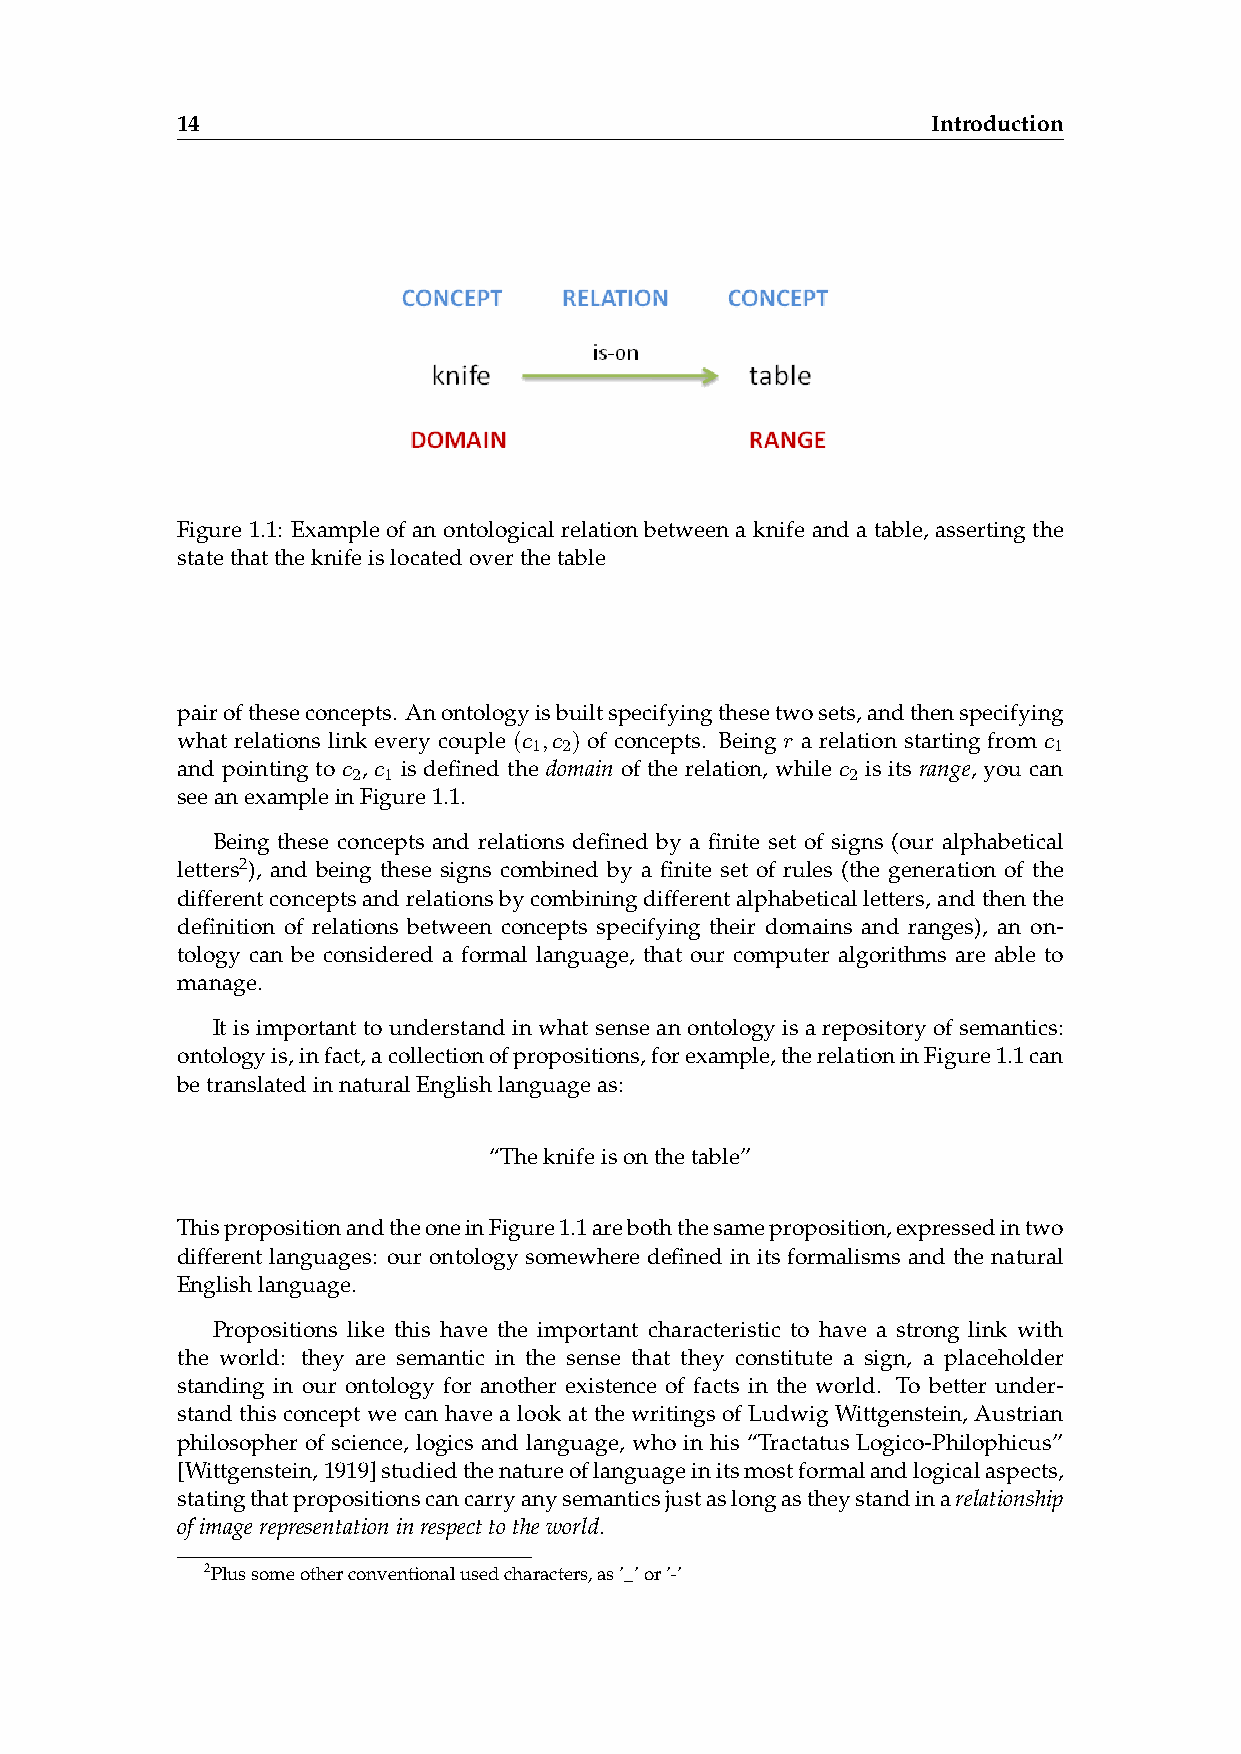
14                                                Introduction
 Figure 1.1: Example of an ontological relation between a knife and a table, asserting the
 statethattheknifeislocatedoverthetable
 pairoftheseconcepts. Anontologyisbuiltspecifyingthesetwosets,andthenspecifying
 what relations link every couple (c ,c ) of concepts. Being r a relation starting from c
 1 2                                1
 and pointing to c , c is defined the domain of the relation, while c is its range, you can
 2 1                              2
 seeanexampleinFigure1.1.
 Being these concepts and relations defined by a finite set of signs (our alphabetical
 letters2), and being these signs combined by a finite set of rules (the generation of the
 differentconceptsandrelationsbycombiningdifferentalphabeticalletters,andthenthe
 definition of relations between concepts specifying their domains and ranges), an on-
 tology can be considered a formal language, that our computer algorithms are able to
 manage.
 Itisimportant tounderstandinwhatsense anontologyisa repository ofsemantics:
 ontologyis,infact,acollectionofpropositions,forexample,therelationinFigure1.1can
 betranslatedinnaturalEnglishlanguageas:
 “Theknifeisonthetable”
 ThispropositionandtheoneinFigure1.1areboththesameproposition,expressedintwo
 different languages: our ontology somewhere defined in its formalisms and the natural
 Englishlanguage.
 Propositions like this have the important characteristic to have a strong link with
 the world: they are semantic in the sense that they constitute a sign, a placeholder
 standing in our ontology for another existence of facts in the world. To better under-
 stand this concept we can have a look at the writings of Ludwig Wittgenstein, Austrian
 philosopher of science, logics and language, who in his “Tractatus Logico-Philophicus”
 [Wittgenstein,1919]studiedthenatureoflanguageinitsmostformalandlogicalaspects,
 statingthatpropositionscancarryanysemanticsjustaslongastheystandinarelationship
 ofimagerepresentationinrespecttotheworld.
 2Plussomeotherconventionalusedcharacters,as’_’or’-’